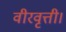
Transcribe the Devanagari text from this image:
वीरवृत्ती।